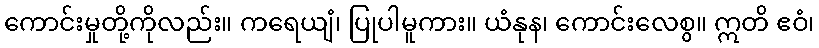
ကောင်းမှုတို့ကိုလည်း။ ကရေယျံ၊ ပြုပါမူကား။ ယံနုန၊ ကောင်းလေစွ။ ဣတိ ဧဝံ၊